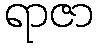
ရာဇာ